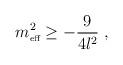
LaTeX: \begin{align*}m_{\textrm{{\tiny {eff}}}}^{2}\geq -\frac{9}{4l^{2}}\;,\end{align*}